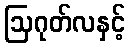
ဩဂုတ်လနှင့်